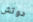
دوتش